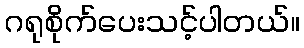
ဂရုစိုက်ပေးသင့်ပါတယ်။